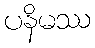
ပနိမဿ